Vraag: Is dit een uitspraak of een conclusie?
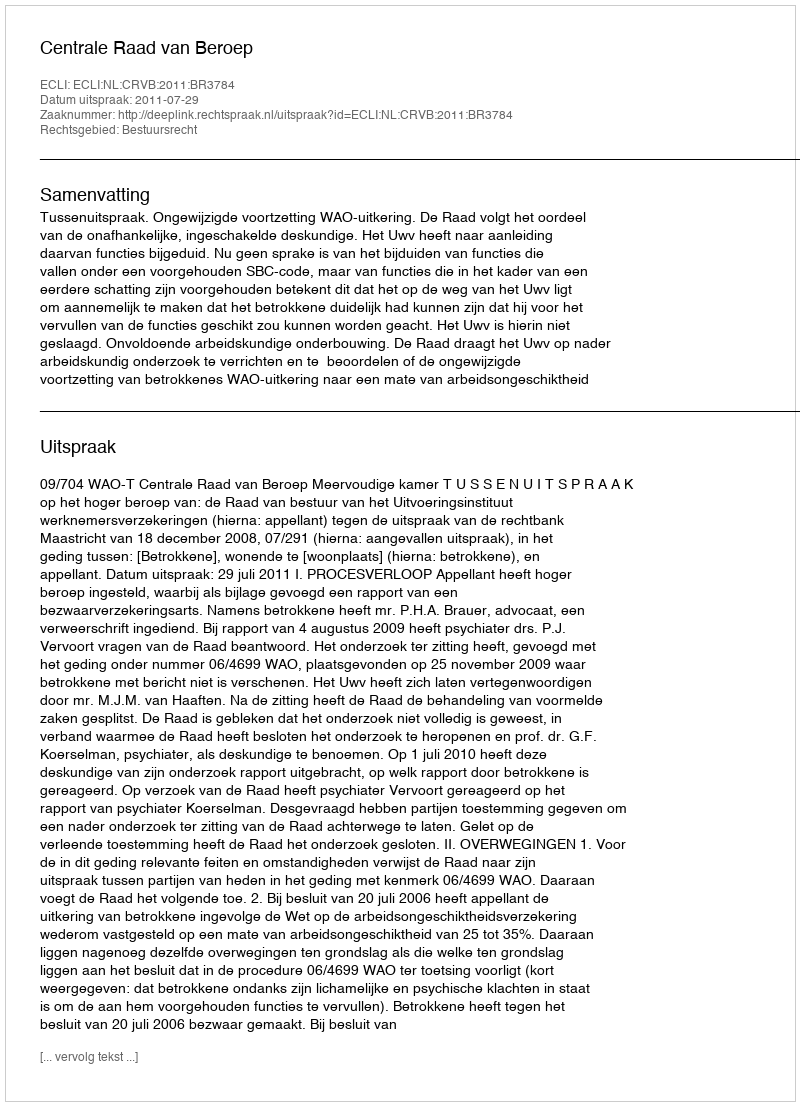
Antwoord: Uitspraak